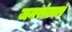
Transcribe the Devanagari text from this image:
जनसंख्याएं